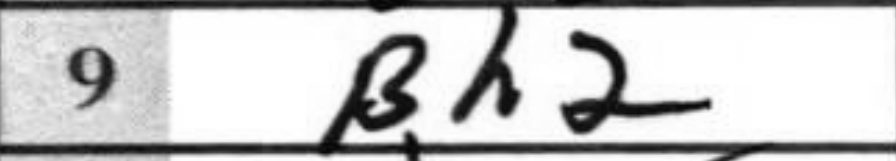
Transcription: Bh2